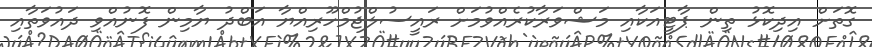
ގޮތަށް އިިދިކޮޅު ތިން ޕާޓީއަކާއި މަޝްވަރާކުރެއްވުމަށް ރައީސުލްޖުމްހޫރިއްޔާ އަބްދު ޔާމިން ފޮނުއްވި ދައުވަތާއި